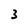
Character: 3